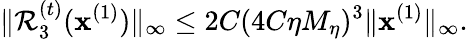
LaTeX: \| \mathcal{R}_{3}^{(t)}(\mathbf{x}^{(1)})\| _{\infty}\leq 2C(4C\eta M_{\eta})^{3}\| \mathbf{x}^{(1)}\| _{\infty}.